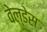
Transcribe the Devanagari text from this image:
वेल्‍डेस